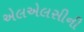
એલએલસીની